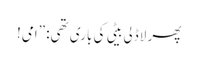
پھر لاڈلی بیٹی کی باری تھی: ”امی!